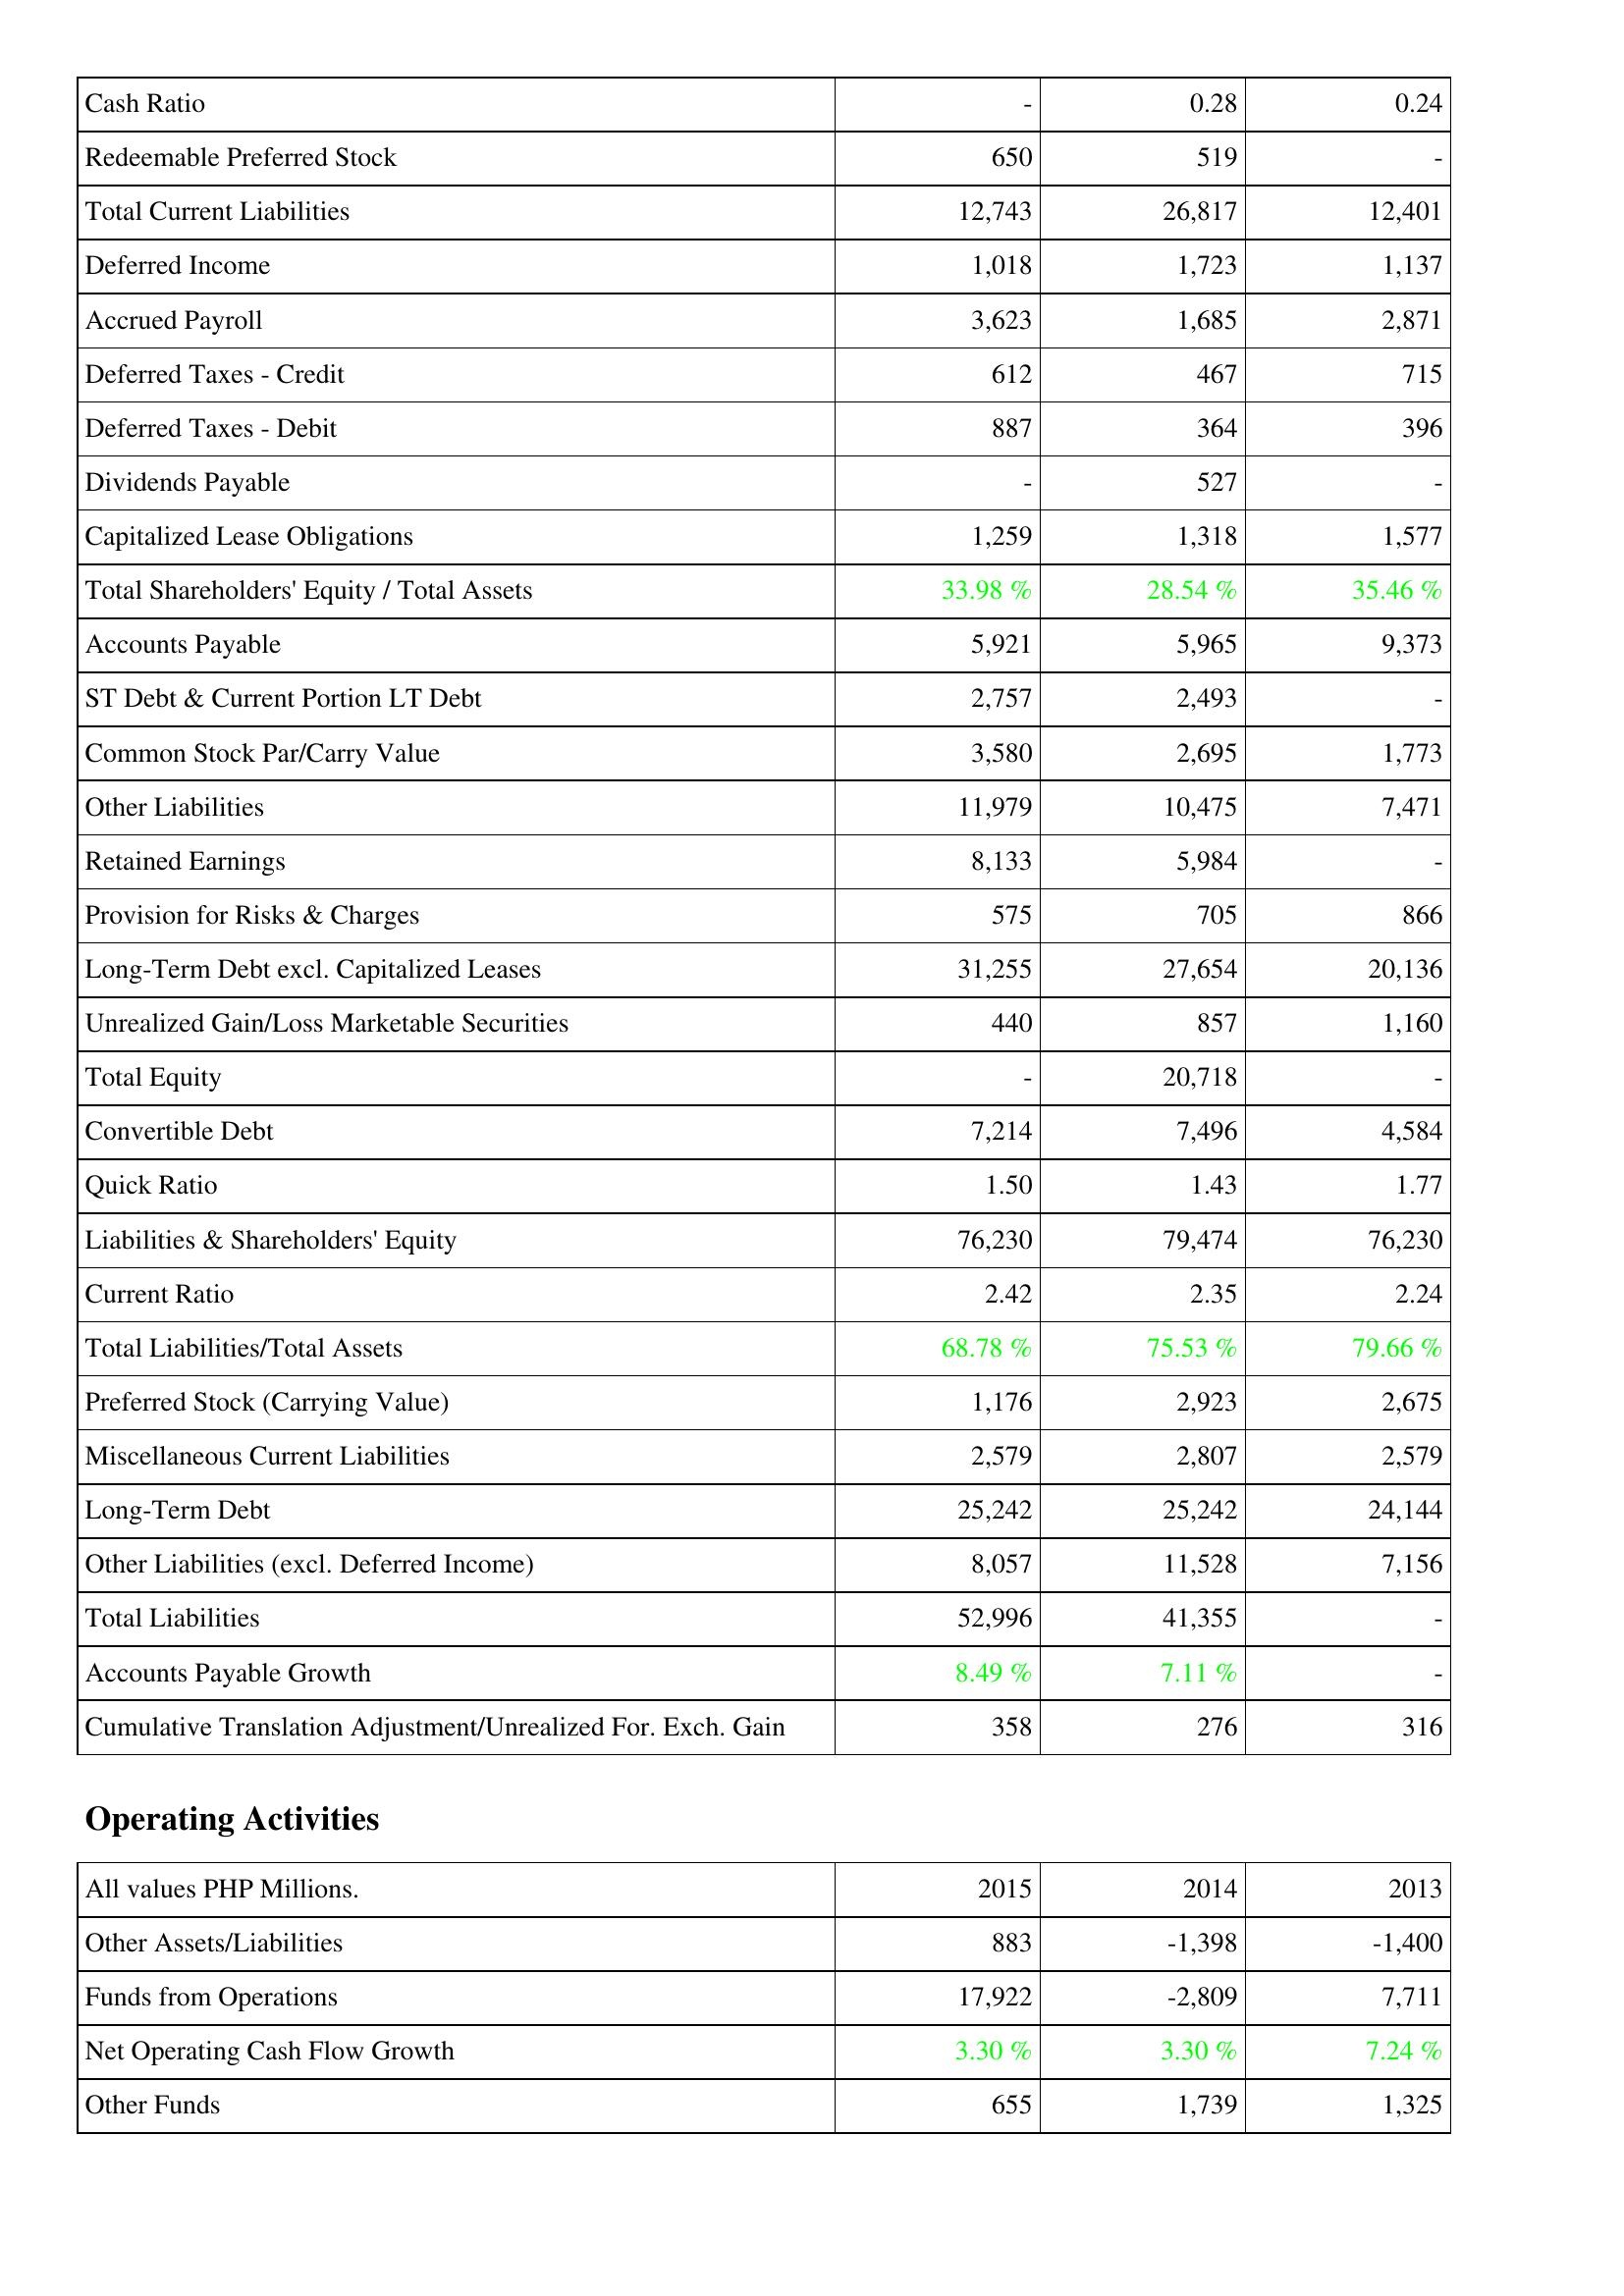
2015: Liabilities & Shareholders' Equity: Cash Ratio: -
Redeemable Preferred Stock: 650
Total Current Liabilities: 12,743
Deferred Income: 1,018
Accrued Payroll: 3,623
Deferred Taxes - Credit: 612
Deferred Taxes - Debit: 887
Dividends Payable: -
Capitalized Lease Obligations: 1,259
Total Shareholders' Equity / Total Assets: 33.98 %
Accounts Payable: 5,921
ST Debt & Current Portion LT Debt: 2,757
Common Stock Par/Carry Value: 3,580
Other Liabilities: 11,979
Retained Earnings: 8,133
Provision for Risks & Charges: 575
Long-Term Debt excl. Capitalized Leases: 31,255
Unrealized Gain/Loss Marketable Securities: 440
Total Equity: -
Convertible Debt: 7,214
Quick Ratio: 1.50
Liabilities & Shareholders' Equity: 76,230
Current Ratio: 2.42
Total Liabilities/Total Assets: 68.78 %
Preferred Stock (Carrying Value): 1,176
Miscellaneous Current Liabilities: 2,579
Long-Term Debt: 25,242
Other Liabilities (excl. Deferred Income): 8,057
Total Liabilities: 52,996
Accounts Payable Growth: 8.49 %
Cumulative Translation Adjustment/Unrealized For. Exch. Gain: 358
Operating Activities: Other Assets/Liabilities: 883
Funds from Operations: 17,922
Net Operating Cash Flow Growth: 3.30 %
Other Funds: 655
2014: Liabilities & Shareholders' Equity: Cash Ratio: 0.28
Redeemable Preferred Stock: 519
Total Current Liabilities: 26,817
Deferred Income: 1,723
Accrued Payroll: 1,685
Deferred Taxes - Credit: 467
Deferred Taxes - Debit: 364
Dividends Payable: 527
Capitalized Lease Obligations: 1,318
Total Shareholders' Equity / Total Assets: 28.54 %
Accounts Payable: 5,965
ST Debt & Current Portion LT Debt: 2,493
Common Stock Par/Carry Value: 2,695
Other Liabilities: 10,475
Retained Earnings: 5,984
Provision for Risks & Charges: 705
Long-Term Debt excl. Capitalized Leases: 27,654
Unrealized Gain/Loss Marketable Securities: 857
Total Equity: 20,718
Convertible Debt: 7,496
Quick Ratio: 1.43
Liabilities & Shareholders' Equity: 79,474
Current Ratio: 2.35
Total Liabilities/Total Assets: 75.53 %
Preferred Stock (Carrying Value): 2,923
Miscellaneous Current Liabilities: 2,807
Long-Term Debt: 25,242
Other Liabilities (excl. Deferred Income): 11,528
Total Liabilities: 41,355
Accounts Payable Growth: 7.11 %
Cumulative Translation Adjustment/Unrealized For. Exch. Gain: 276
Operating Activities: Other Assets/Liabilities: -1,398
Funds from Operations: -2,809
Net Operating Cash Flow Growth: 3.30 %
Other Funds: 1,739
2013: Liabilities & Shareholders' Equity: Cash Ratio: 0.24
Redeemable Preferred Stock: -
Total Current Liabilities: 12,401
Deferred Income: 1,137
Accrued Payroll: 2,871
Deferred Taxes - Credit: 715
Deferred Taxes - Debit: 396
Dividends Payable: -
Capitalized Lease Obligations: 1,577
Total Shareholders' Equity / Total Assets: 35.46 %
Accounts Payable: 9,373
ST Debt & Current Portion LT Debt: -
Common Stock Par/Carry Value: 1,773
Other Liabilities: 7,471
Retained Earnings: -
Provision for Risks & Charges: 866
Long-Term Debt excl. Capitalized Leases: 20,136
Unrealized Gain/Loss Marketable Securities: 1,160
Total Equity: -
Convertible Debt: 4,584
Quick Ratio: 1.77
Liabilities & Shareholders' Equity: 76,230
Current Ratio: 2.24
Total Liabilities/Total Assets: 79.66 %
Preferred Stock (Carrying Value): 2,675
Miscellaneous Current Liabilities: 2,579
Long-Term Debt: 24,144
Other Liabilities (excl. Deferred Income): 7,156
Total Liabilities: -
Accounts Payable Growth: -
Cumulative Translation Adjustment/Unrealized For. Exch. Gain: 316
Operating Activities: Other Assets/Liabilities: -1,400
Funds from Operations: 7,711
Net Operating Cash Flow Growth: 7.24 %
Other Funds: 1,325